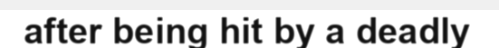
after being hit by a deadly